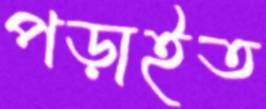
পড়াইত